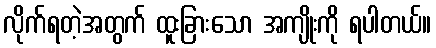
လိုက်ရတဲ့အတွက် ထူးခြားသော အကျိုးကို ရပါတယ်။